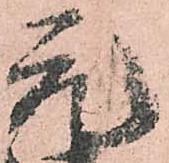
元